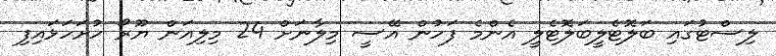
ލިސްޓުގައި ބަލޮޓެލީބަލޮޓެލީ އެންމެ ފަހުން އޭސީ މިލާނަށް 24 މިލިއަން ޔޫރޯ ހުށަހަޅައިފި